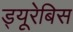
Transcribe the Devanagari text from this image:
ड्यूरेबिस